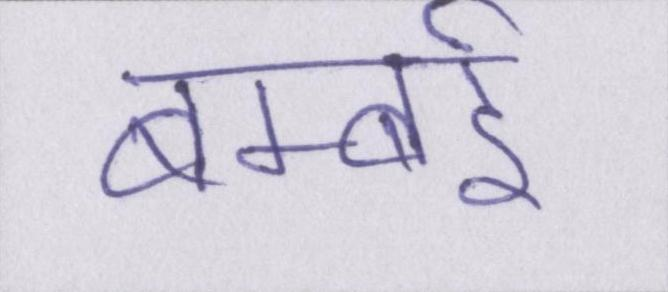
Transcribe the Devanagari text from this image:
बम्बर्इ